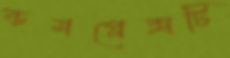
কমপ্লেক্সটি